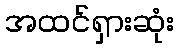
အထင်ရှားဆုံး